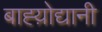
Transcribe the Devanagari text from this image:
बाह्य़ोद्यानी